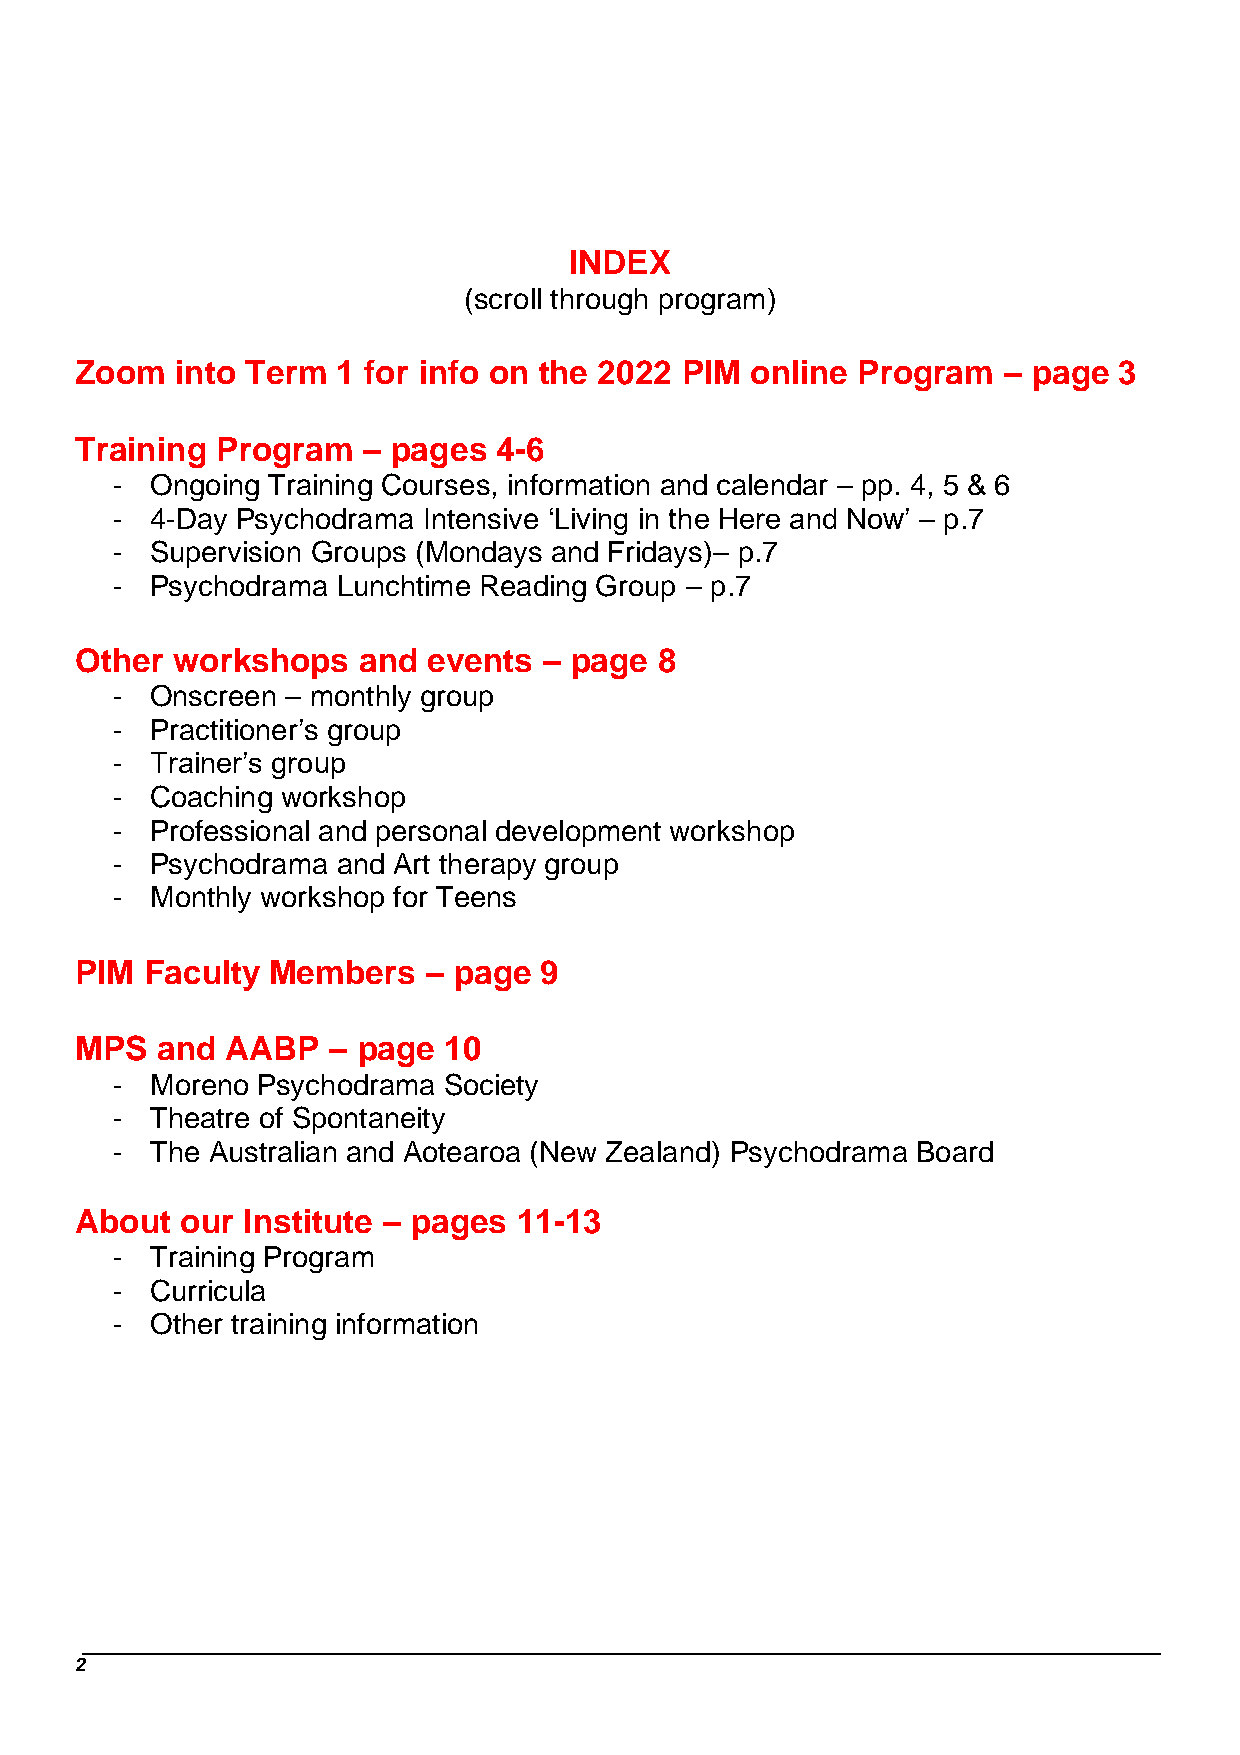
INDEX
 (scroll through program)
 Zoom   into Term 1 for info on the 2022 PIM  online Program  – page  3
 Training Program   – pages  4-6
 -  Ongoing Training Courses, information and calendar – pp. 4, 5 & 6
 -  4-Day Psychodrama Intensive ‘Living in the Here and Now’ – p.7
 -  Supervision Groups (Mondays and Fridays)– p.7
 -  Psychodrama Lunchtime Reading Group – p.7
 Other workshops    and events  – page  8
 -  Onscreen – monthly group
 -  Practitioner’s group
 -  Trainer’s group
 -  Coaching workshop
 -  Professional and personal development workshop
 -  Psychodrama and Art therapy group
 -  Monthly workshop for Teens
 PIM  Faculty Members   – page  9
 MPS  and  AABP   – page 10
 -  Moreno Psychodrama Society
 -  Theatre of Spontaneity
 -  The Australian and Aotearoa (New Zealand) Psychodrama Board
 About  our Institute – pages 11-13
 -  Training Program
 -  Curricula
 -  Other training information
 2